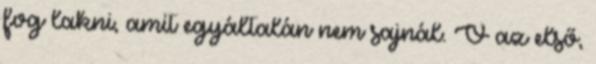
fog lakni, amit egyáltalán nem sajnál. Ő az első,